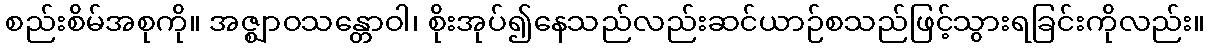
စည်းစိမ်အစုကို။ အဇ္ဈာဝသန္တောဝါ၊ စိုးအုပ်၍နေသည်လည်းဆင်ယာဉ်စသည်ဖြင့်သွားရခြင်းကိုလည်း။